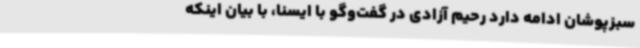
سبزپوشان ادامه دارد رحیم آزادی در گفت‌وگو با ایسنا، با بیان اینکه